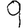
Digit: 9